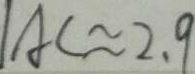
A C \approx 2 . 9